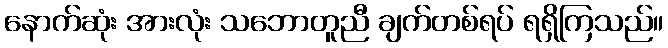
နောက်ဆုံး အားလုံး သဘောတူညီ ချက်တစ်ရပ် ရရှိကြသည်။